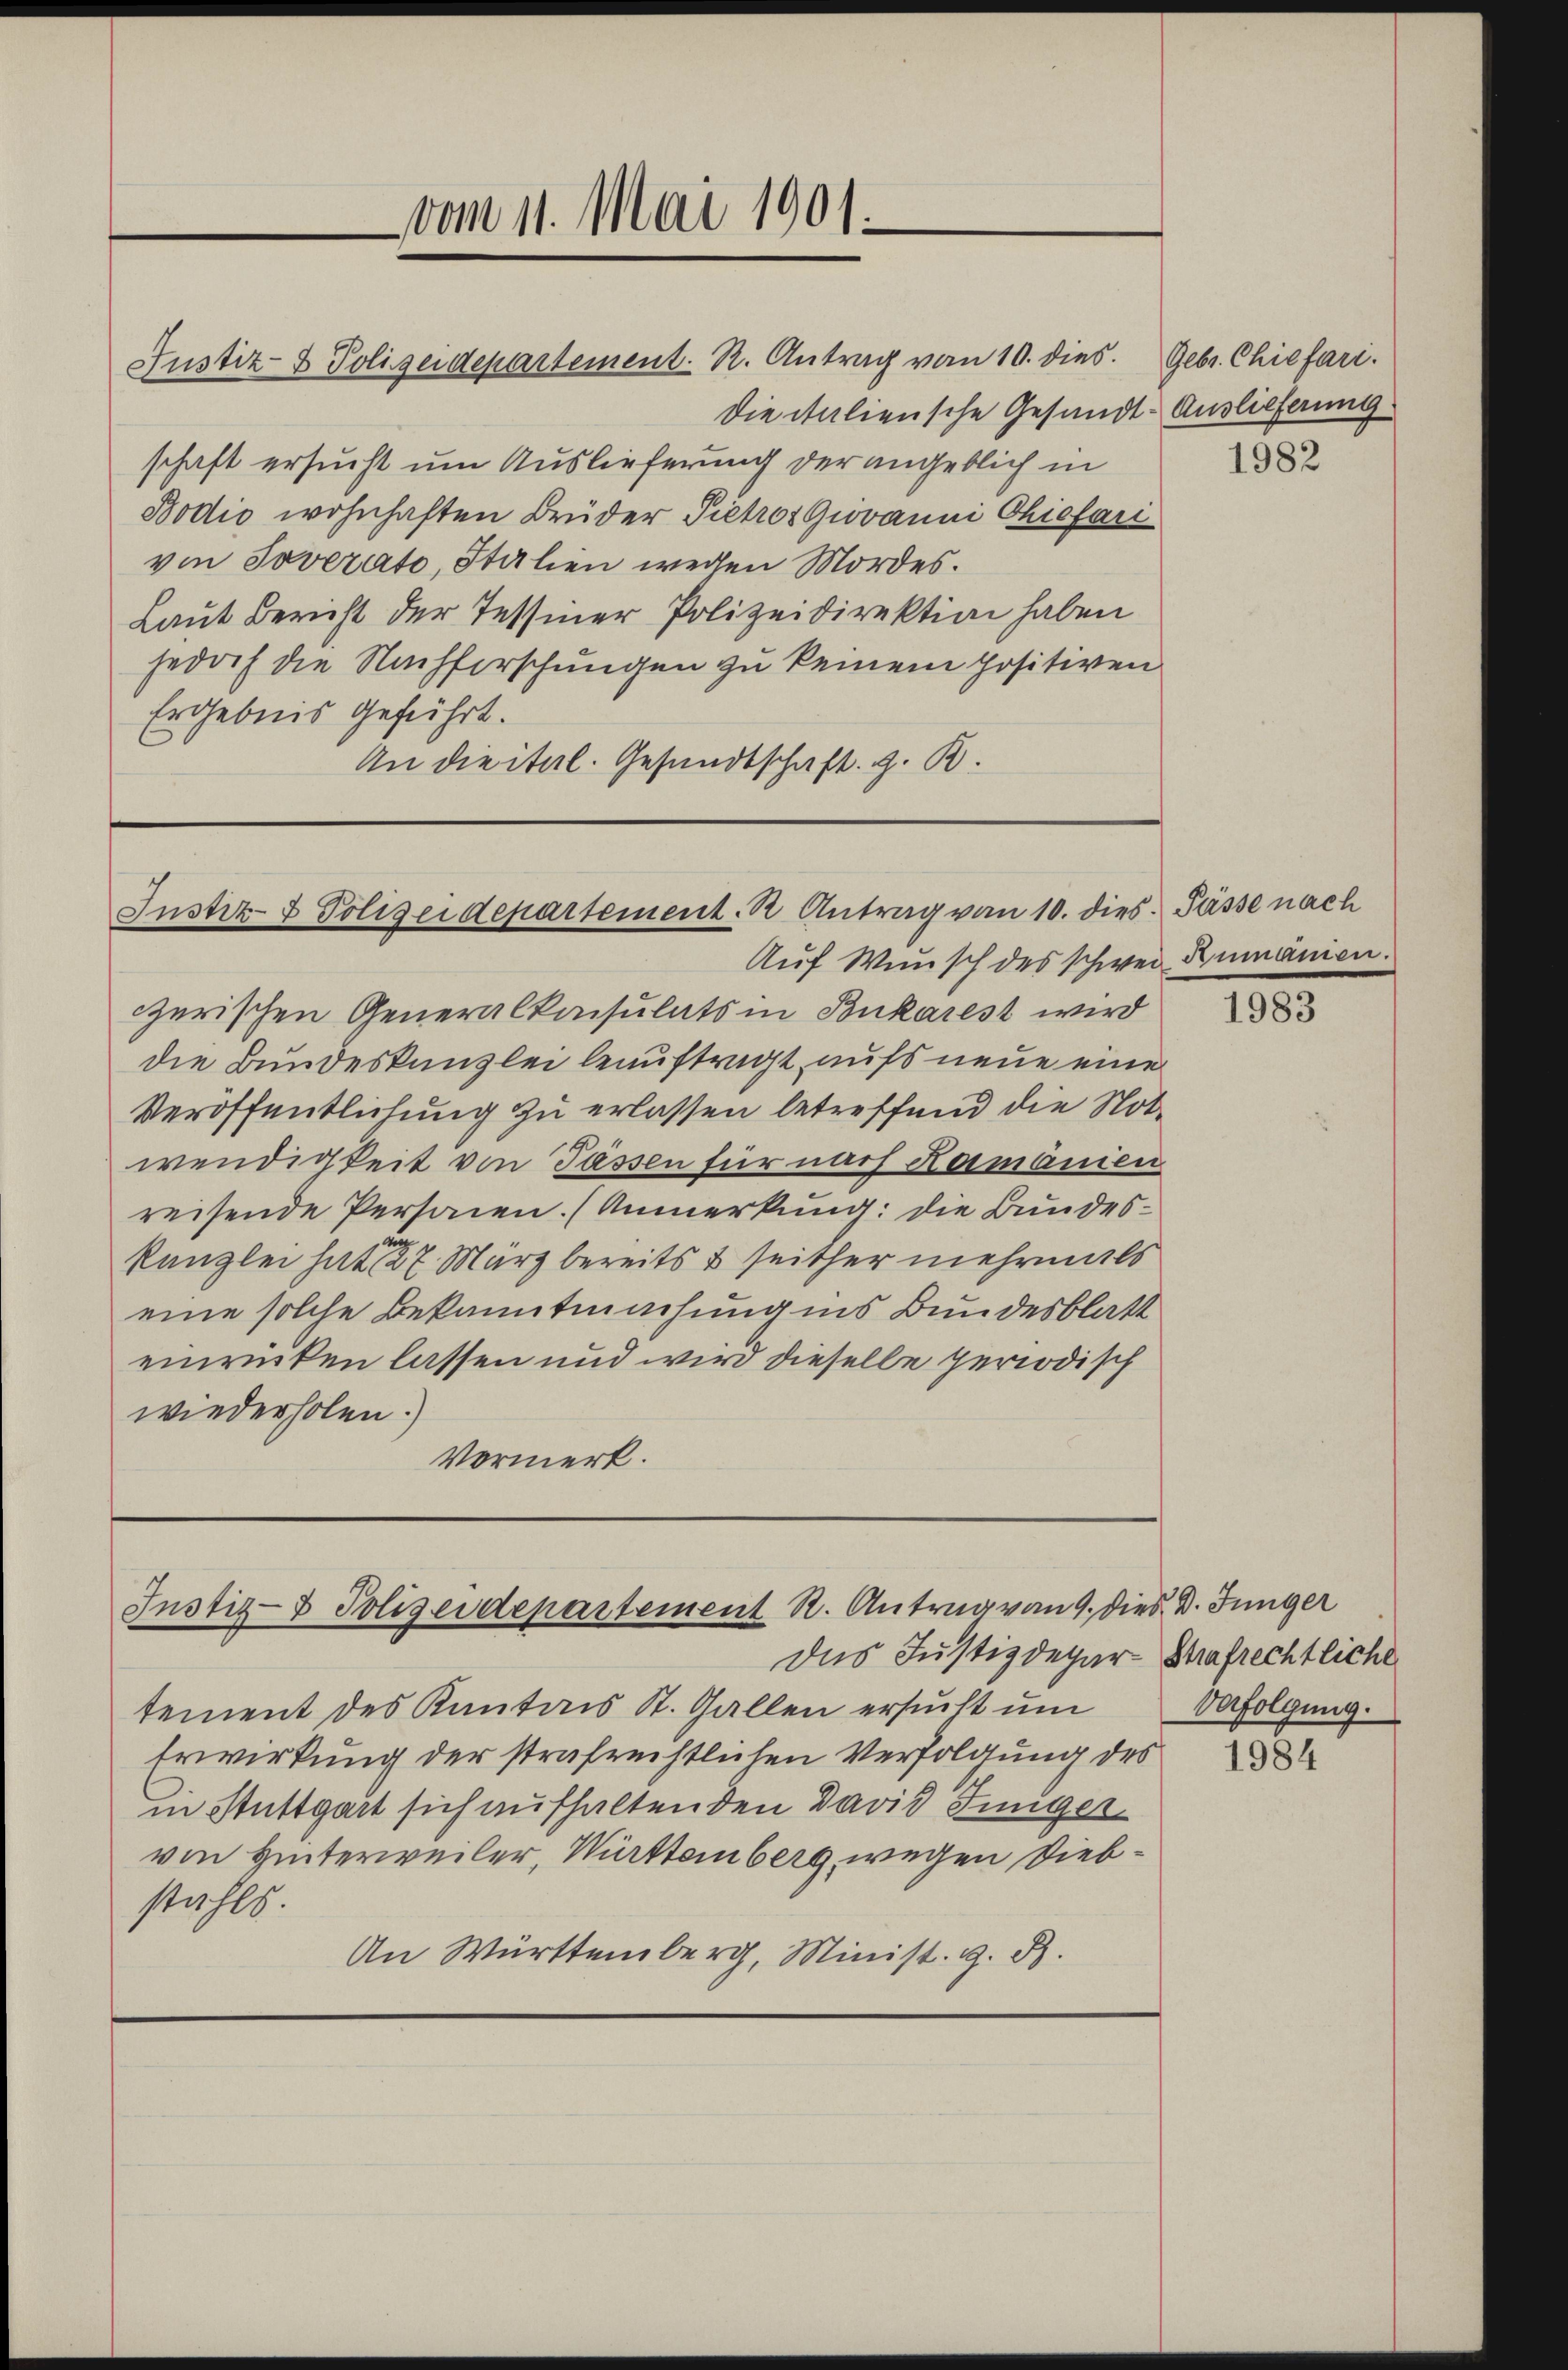
die italiensche Gesandt-Auslieferung
schaft ersucht um Auslieferung der angeblich in
Bodić wohnhaften Brüder Pietros Giovanni Chefari
von Soverato, Italien wegen Mordes.
Laut Bericht der Tessiner Polizeidirektion haben
jedoch die Nachforschungen zu keinem positiven
Ergebnis geführt.
An die ital. Gesandtschaft z. B.

Justiz- & Polizeidepartement. R. Antrag von 10. dies

vom 11. Mai 1901.

Instiz- & Polizeidepartement. R. Antrag von 10. dies. Pässe nach

Auf Wunsch des schwei Dumanien.
zerischen Generalkonsulats in Bukarest wird
die Bundeskanzlei beauftragt aufs neue eine
Veröffentlichung zu erlassen betreffend die Notwendigkeit von Tassen für nach Hermanien
reisende Personen. (Anmerkung: die Bundeskanzlei hat 27. März bereits & seither mehrmals
eine solche Bekanntmachung ins Bundesblatt
einrücken lassen und wird dieselbe periodisch
wiederholen.)
Vormerk.

Justiz- & Polizeidepartement R. Antrag von 9. dies. B. Jünger

Das Justizdepar- Shafrechtliche
tement des Kantons St. Gallen ersucht um
Erwirkung der strafrechtlichen Verfolgung des
in Stuttgart sich aufhaltenden David Jünger
von Hinterweiler, Württemberg, wegen Diebstahls.
An Württemberg, Minist. G. B.

Gebr. Chiefari.

1982

1983

Verfolgung.

1984